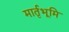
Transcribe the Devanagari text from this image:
मार्तृभूमि